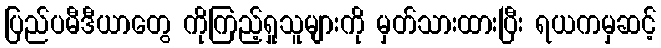
ပြည်ပမီဒီယာတွေ ကိုကြည့်ရှုသူများကို မှတ်သားထားပြီး ရယကမှဆင့်